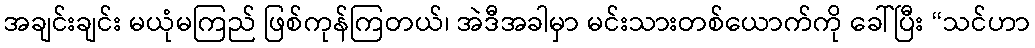
အချင်းချင်း မယုံမကြည် ဖြစ်ကုန်ကြတယ်၊ အဲဒီအခါမှာ မင်းသားတစ်ယောက်ကို ခေါ်ပြီး “သင်ဟာ